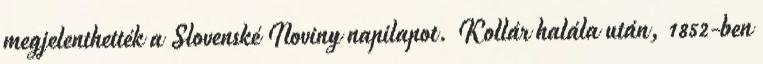
megjelenthették a Slovenské Noviny napilapot. Kollár halála után, 1852-ben